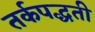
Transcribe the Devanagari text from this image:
तर्कपद्धती